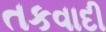
તકવાદી